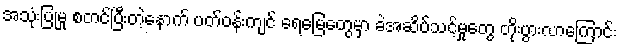
အသုံးပြုမှု စတင်ပြီးတဲ့နောက် ပတ်ဝန်းကျင် ရေမြေတွေမှာ ခဲအဆိပ်သင့်မှုတွေ တိုးပွားလာကြောင်း